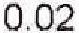
0.02